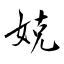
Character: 娔